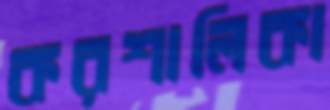
করশালিকা